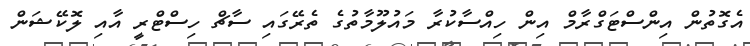
އެގޮތުން އިންސްޓަގްރާމް އިން ހިއްސާކުރާ މައުލޫމާތުގެ ތެރޭގައި ސާޗް ހިސްޓްރީ އާއި ލޮކޭޝަން